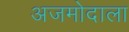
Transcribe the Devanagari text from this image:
अजमोदाला